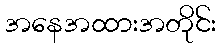
အနေအထားအတိုင်း